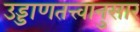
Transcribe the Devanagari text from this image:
उड्डाणतत्त्वानुसार